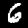
Label: 6